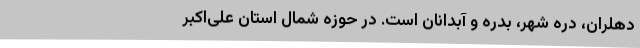
دهلران، دره شهر، بدره و آبدانان است. در حوزه شمال استان علی‌اکبر